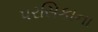
પરસિકાના